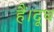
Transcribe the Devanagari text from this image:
हैं।दूध